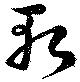
斬